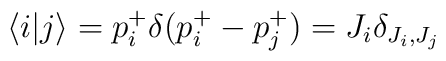
\langle i | j \rangle = p^+_i \delta(p^+_i -p^{+}_j)=J_i \delta_{J_i, J_j}